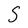
Character: S